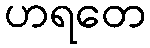
ဟရတေ